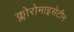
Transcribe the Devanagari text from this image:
क्लोरोमाइसेटीन